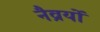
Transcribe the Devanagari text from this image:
नैव्रयों